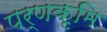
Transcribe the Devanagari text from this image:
पर्णकृमि